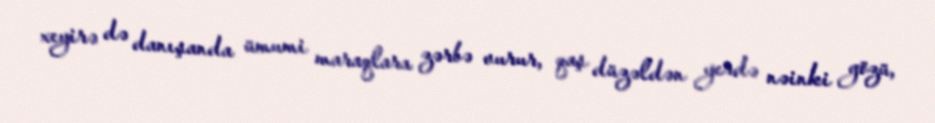
xeyirə də danışanda ümumi maraqlara zərbə vurur, qaş düzəldən yerdə nəinki gözü,